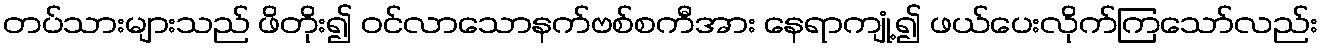
တပ်သားများသည် ဖိတိုး၍ ဝင်လာသောနက်ဗစ်စကီအား နေရာကျုံ့၍ ဖယ်ပေးလိုက်ကြသော်လည်း